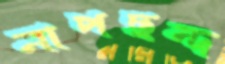
নাপছন্দ